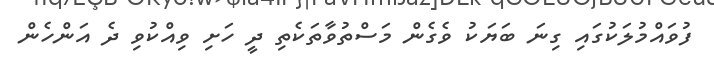
ފުވައްމުލަކުގައި ގިނަ ބަޔަކު ވެގެން މަސްތުވާތަކެތި ދީ ހަށި ވިއްކުވި ދެ އަންހެން